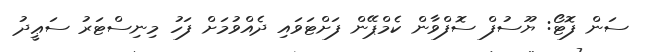
ސަން ފޮޓޯ: ޔޫސުފް ސޮފްވާން ކެމްޕޭން ފަށްޓަވައި ދެއްވުމަށް ފަހު މިނިސްޓަރު ސަޢީދު